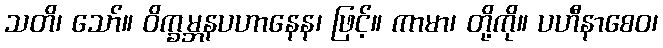
သတိ၊ သော်။ ဝိက္ခမ္ဘနပဟာနေန၊ ဖြင့်။ ကာမာ၊ တို့ကို။ ပဟီနာစေဝ၊